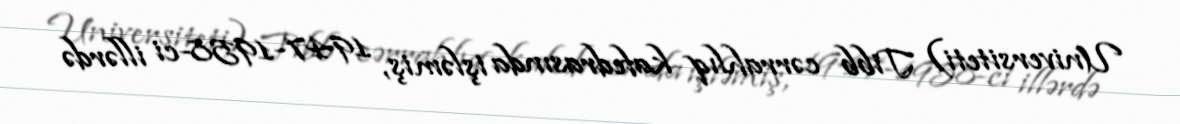
Universiteti) Tibb cərrahlıq kafedrasında işləmiş, 1947-1958-ci illərdə